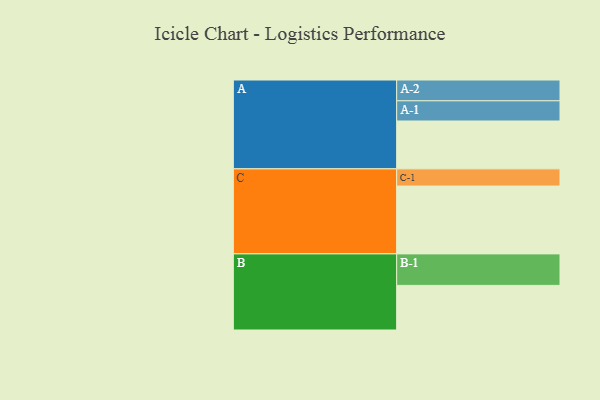
{"axis": {"x": "Segment", "y": "Value"}, "legend": ["", "A", "B", "C"], "data": [{"x": "A", "y": 398, "type": ""}, {"x": "B", "y": 371, "type": ""}, {"x": "C", "y": 564, "type": ""}, {"x": "A-1", "y": 168, "type": "A"}, {"x": "A-2", "y": 173, "type": "A"}, {"x": "B-1", "y": 262, "type": "B"}, {"x": "C-1", "y": 143, "type": "C"}]}